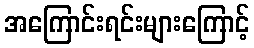
အကြောင်းရင်းများကြောင့်